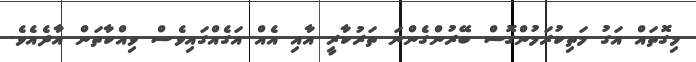
މިގޮތައް އަގު މަތިކުރަމުންގޮސް ބޭރުންގެންނަ ތަރުކާރީ އާއި އެއް އަގެއްގައިވެސް ވިއްކާތަން އާދެއެވެ.